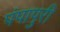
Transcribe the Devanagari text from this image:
पंपापुरी